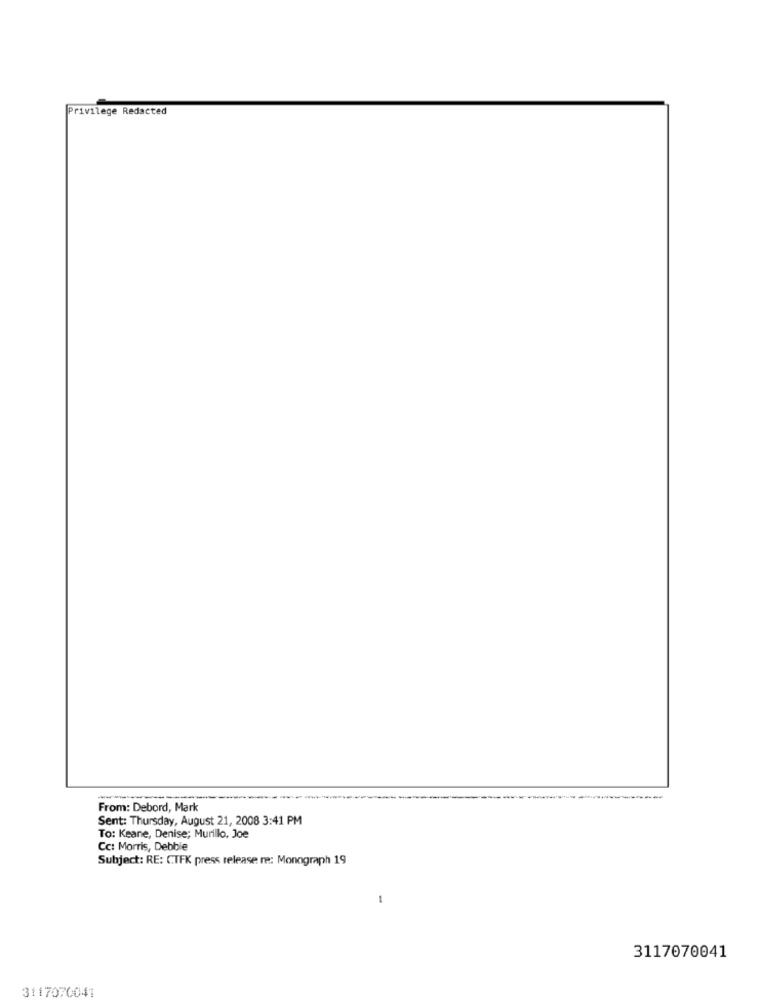
Privilege Redacted
----
---
From: Debord, Mark
Sent: Thursday, August 21, 2008 3:41 PM
To: Keane, Denise; Murillo, Joe
Cc: Morris, Debbie
Subject: RE: CTFK press release re: Monograph 19
1
3117070041
3117070041